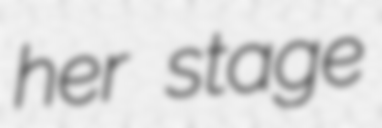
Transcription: her stage